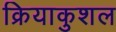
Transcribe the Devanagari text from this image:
क्रियाकुशल